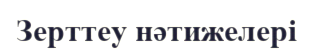
Зерттеу нәтижелері